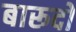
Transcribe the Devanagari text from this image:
बारूदों